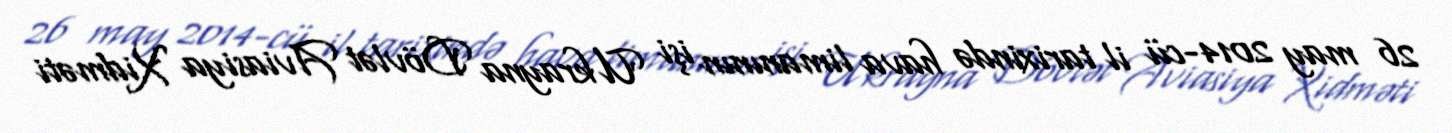
26 may 2014-cü il tarixində hava limanının işi Ukrayna Dövlət Aviasiya Xidməti